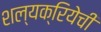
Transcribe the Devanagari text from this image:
शल्यक्रियेची